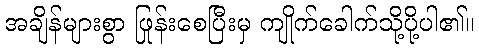
အချိန်များစွာ ဖြုန်းစေပြီးမှ ကျိုက်ခေါက်သို့ပို့ပါ၏။